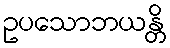
ဥပသောဘယန္တိ